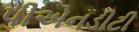
પીએનડીટી